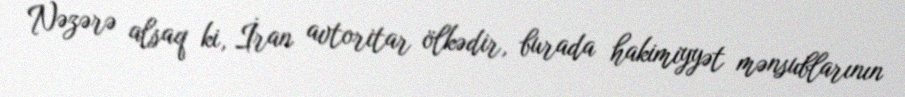
Nəzərə alsaq ki, İran avtoritar ölkədir, burada hakimiyyət mənsublarının